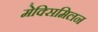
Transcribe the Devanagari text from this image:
मेक्सिमिलन